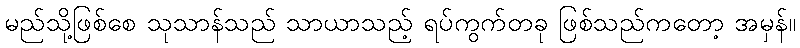
မည်သို့ဖြစ်စေ သုသာန်သည် သာယာသည့် ရပ်ကွက်တခု ဖြစ်သည်ကတော့ အမှန်။